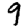
Digit: 9